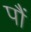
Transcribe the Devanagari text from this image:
पौं